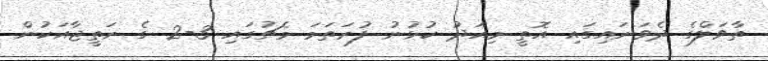
ތާވަލްގެ ދެވަނައިގައި އޮތީ މިއަދު ކުޅުނު ފުރަތަމަ މެޗުގައި 3-2 ގެ ނަތީޖާއަކުން